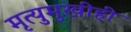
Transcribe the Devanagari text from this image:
मृत्युमुखीही